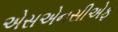
એસએનસીએફ